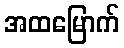
အထမြောက်